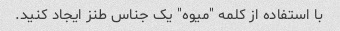
با استفاده از کلمه "میوه" یک جناس طنز ایجاد کنید.